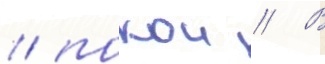
/ покои // В